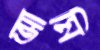
আমি